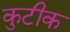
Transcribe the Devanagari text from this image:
कुटीक